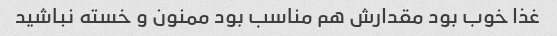
غذا خوب بود مقدارش هم مناسب بود ممنون و خسته نباشید